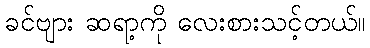
ခင်ဗျား ဆရာ့ကို လေးစားသင့်တယ်။